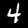
Label: 4